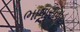
ભાષાસમૂહ